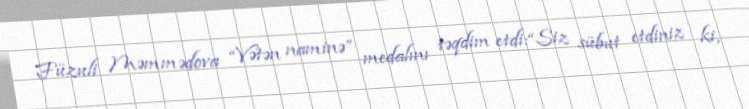
Füzuli Məmmədova “Vətən naminə” medalını təqdim etdi:“Siz sübut etdiniz ki,